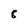
Character: 8